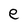
Character: e